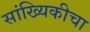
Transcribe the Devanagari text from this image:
सांख्यिकीचा